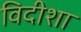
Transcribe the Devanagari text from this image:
विदीशा